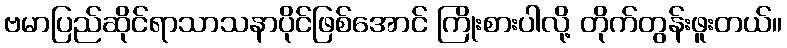
ဗမာပြည်ဆိုင်ရာသာသနာပိုင်ဖြစ်အောင် ကြိုးစားပါလို့ တိုက်တွန်းဖူးတယ်။